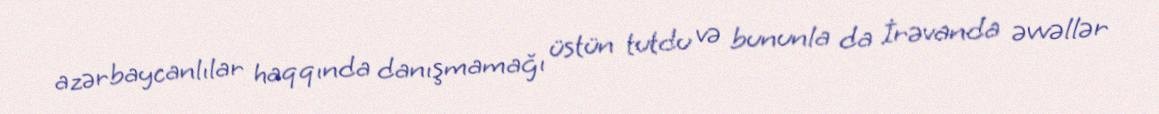
azərbaycanlılar haqqında danışmamağı üstün tutdu və bununla da İrəvanda əvvəllər